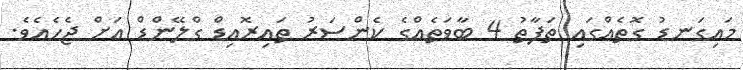
މައިގަނޑު ގޮތެއްގައި ތަފާތު 4 ބާވަތެއްގެ ކެންސަރު ތައިރޮއިޑް ގްލޭންޑް އަށް ޖެހެއެވެ.